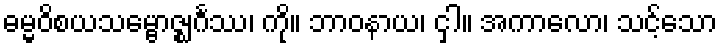
ဓမ္မဝိစယသမ္ဗောဇ္ဈင်္ဂဿ၊ ကို။ ဘာဝနာယ၊ ငှါ။ အကာလော၊ သင့်သော